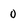
Character: 0